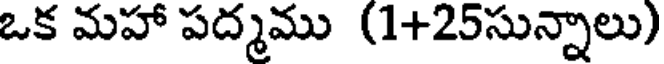
ఒక మహా పద్మము (1+25సున్నాలు)